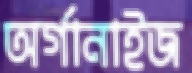
অর্গানাইজ